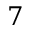
7